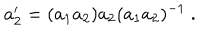
a _ { 2 } ^ { \prime } = ( a _ { 1 } a _ { 2 } ) a _ { 2 } ( a _ { 1 } a _ { 2 } ) ^ { - 1 } ~ .